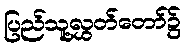
ပြည်သူ့လွှတ်တော်၌